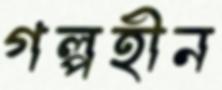
গল্পহীন